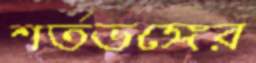
শর্তভঙ্গের